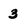
Character: 3